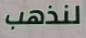
لنذهب